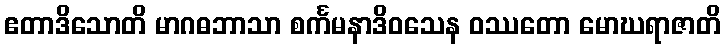
ဧတာဒိသောတိ မာဂဓဘာသာ စင်္ကမနာဒိဝသေန ဝဿတော မောဃရာဇာတိ